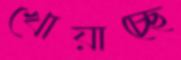
খোয়াচ্ছে